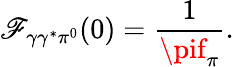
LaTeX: \mathscr{F}_{\gamma\gamma^{*}\pi^{0}}(0)=\frac{1}{{\pif_{\pi}}}.